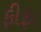
ફીફા